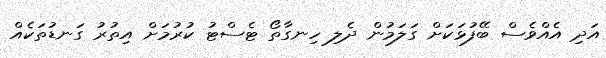
އަދި އެއްވެސް ބޭފުޅަކަށް ގަލަމުން ދެލި ހިނގާތޯ ޓެސްޓު ކުރުމަށް އިތުރު ގަނޑުތަކެއް